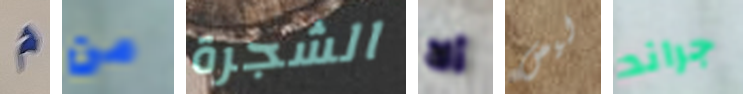
م من الشجرة ألا ليس جراند